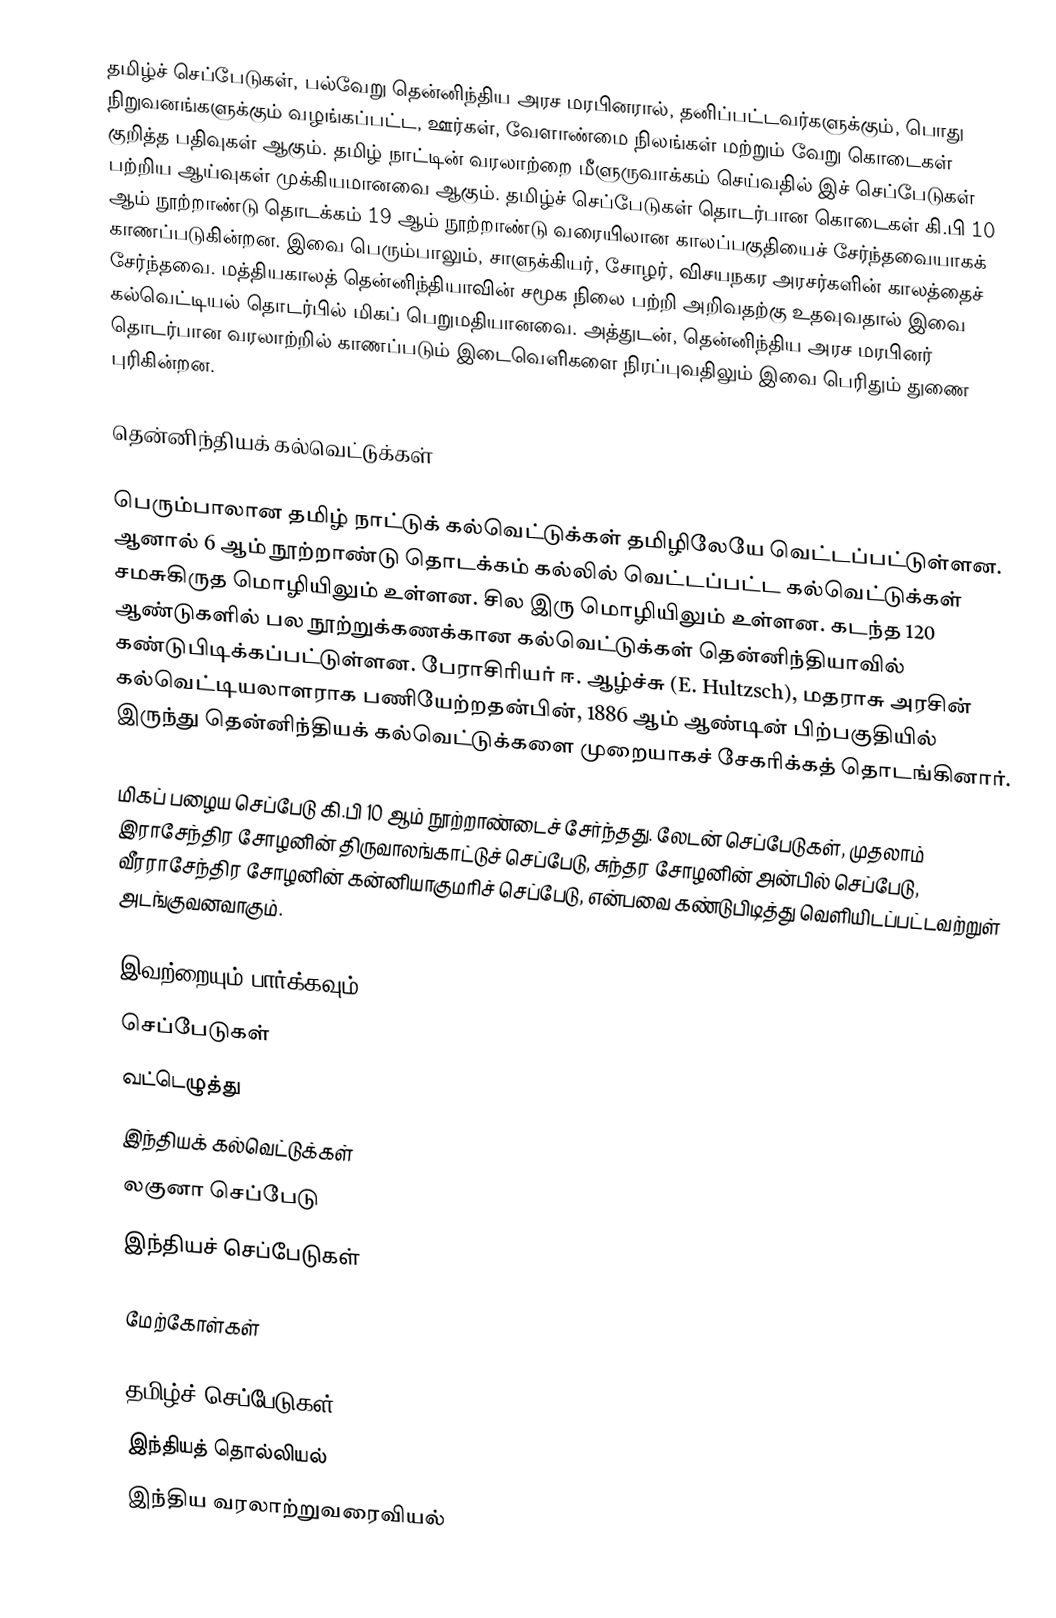
தமிழ்ச் செப்பேடுகள், பல்வேறு தென்னிந்திய அரச மரபினரால், தனிப்பட்டவர்களுக்கும், பொது நிறுவனங்களுக்கும் வழங்கப்பட்ட, ஊர்கள், வேளாண்மை நிலங்கள் மற்றும் வேறு கொடைகள் குறித்த பதிவுகள் ஆகும்.  தமிழ் நாட்டின் வரலாற்றை மீளுருவாக்கம் செய்வதில் இச் செப்பேடுகள் பற்றிய ஆய்வுகள் முக்கியமானவை ஆகும். தமிழ்ச் செப்பேடுகள் தொடர்பான கொடைகள் கி.பி 10 ஆம் நூற்றாண்டு தொடக்கம் 19 ஆம் நூற்றாண்டு வரையிலான காலப்பகுதியைச் சேர்ந்தவையாகக் காணப்படுகின்றன. இவை பெரும்பாலும், சாளுக்கியர், சோழர், விசயநகர அரசர்களின் காலத்தைச் சேர்ந்தவை. மத்தியகாலத் தென்னிந்தியாவின் சமூக நிலை பற்றி அறிவதற்கு உதவுவதால் இவை கல்வெட்டியல் தொடர்பில் மிகப் பெறுமதியானவை. அத்துடன், தென்னிந்திய அரச மரபினர் தொடர்பான வரலாற்றில் காணப்படும் இடைவெளிகளை நிரப்புவதிலும் இவை பெரிதும் துணை புரிகின்றன.

தென்னிந்தியக் கல்வெட்டுக்கள்

பெரும்பாலான தமிழ் நாட்டுக் கல்வெட்டுக்கள் தமிழிலேயே வெட்டப்பட்டுள்ளன. ஆனால் 6 ஆம் நூற்றாண்டு தொடக்கம் கல்லில் வெட்டப்பட்ட கல்வெட்டுக்கள் சமசுகிருத மொழியிலும் உள்ளன. சில இரு மொழியிலும் உள்ளன. கடந்த 120 ஆண்டுகளில் பல நூற்றுக்கணக்கான கல்வெட்டுக்கள் தென்னிந்தியாவில் கண்டுபிடிக்கப்பட்டுள்ளன. பேராசிரியர் ஈ. ஆழ்ச்சு (E. Hultzsch), மதராசு அரசின் கல்வெட்டியலாளராக பணியேற்றதன்பின், 1886 ஆம் ஆண்டின் பிற்பகுதியில் இருந்து தென்னிந்தியக் கல்வெட்டுக்களை முறையாகச் சேகரிக்கத் தொடங்கினார்.

மிகப் பழைய செப்பேடு கி.பி 10 ஆம் நூற்றாண்டைச் சேர்ந்தது. லேடன் செப்பேடுகள், முதலாம் இராசேந்திர சோழனின் திருவாலங்காட்டுச் செப்பேடு, சுந்தர சோழனின் அன்பில் செப்பேடு, வீரராசேந்திர சோழனின் கன்னியாகுமரிச் செப்பேடு, என்பவை கண்டுபிடித்து வெளியிடப்பட்டவற்றுள் அடங்குவனவாகும்.

இவற்றையும் பார்க்கவும்
 செப்பேடுகள்
 வட்டெழுத்து
 இந்தியக் கல்வெட்டுக்கள்
 லகுனா செப்பேடு
 இந்தியச் செப்பேடுகள்

மேற்கோள்கள்

தமிழ்ச் செப்பேடுகள்
இந்தியத் தொல்லியல்
இந்திய வரலாற்றுவரைவியல்